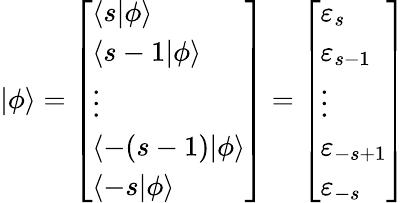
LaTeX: |\phi\rangle={\left[\begin{array}{l}{\langle s|\phi\rangle}\\ {\langle s-1|\phi\rangle}\\ {\vdots}\\ {\langle-(s-1)|\phi\rangle}\\ {\langle-s|\phi\rangle}\end{array}\right]}={\left[\begin{array}{l}{\varepsilon_{s}}\\ {\varepsilon_{s-1}}\\ {\vdots}\\ {\varepsilon_{-s+1}}\\ {\varepsilon_{-s}}\end{array}\right]}